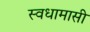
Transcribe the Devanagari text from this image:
स्वधामासी